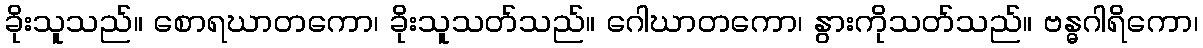
ခိုးသူသည်။ စောရဃာတကော၊ ခိုးသူသတ်သည်။ ဂေါဃာတကော၊ နွားကိုသတ်သည်။ ဗန္ဓဂါရိကော၊